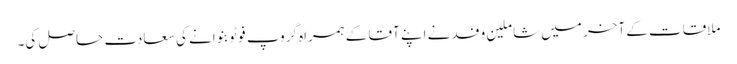
ملاقات کے آخر میں شاملینِ وفد نے اپنے آقا کے ہمراہ گروپ فوٹو بنوانے کی سعادت حاصل کی۔